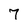
Character: 7